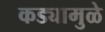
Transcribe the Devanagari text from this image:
कड्यामुळे